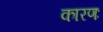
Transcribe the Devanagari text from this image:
कारणः